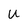
Character: U